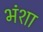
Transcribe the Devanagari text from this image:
भंशा